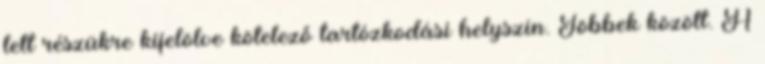
lett részükre kijelölve kötelező tartózkodási helyszín. Többek között. A